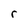
Character: r